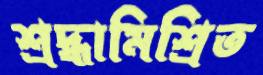
শ্রদ্ধামিশ্রিত